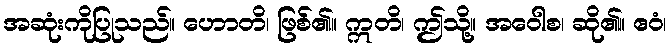
အဆုံးကိုပြုသည်။ ဟောတိ၊ ဖြစ်၏။ ဣတိ၊ ဤသို့။ အဝေါစ၊ ဆို၏။ ဧဝံ၊